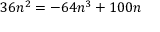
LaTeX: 3 6 n ^ { 2 } = - 6 4 n ^ { 3 } + 1 0 0 n